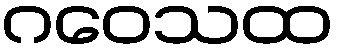
ဂဝေသထ